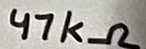
Text: 47kΩ